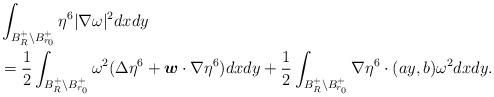
LaTeX: \begin{align*}\begin{aligned}&\int_{B_{R}^{+}\backslash B_{r_{0}}^{+}}\eta^6|\nabla\omega|^{2}dxdy\\&=\frac{1}{2}\int_{B_{R}^{+}\backslash B_{r_{0}}^{+}}\omega^{2}(\Delta\eta^6+\boldsymbol{w}\cdot\nabla\eta^6)dxdy+\frac12\int_{B_{R}^{+}\backslash B_{r_{0}}^{+}}\nabla\eta^{6}\cdot(ay,b)\omega^{2}dxdy.\end{aligned}\end{align*}